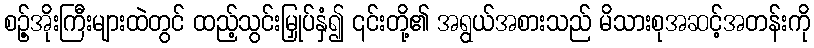
စဥ့်အိုးကြီးများထဲတွင် ထည့်သွင်းမြှုပ်နှံ၍ ၎င်းတို့၏ အရွယ်အစားသည် မိသားစုအဆင့်အတန်းကို